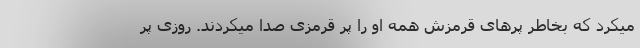
میکرد که بخاطر پرهای قرمزش همه او را پر قرمزی صدا میکردند. روزی پر